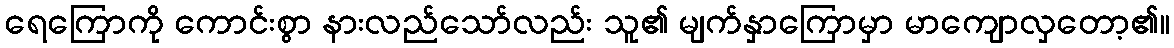
ရေကြောကို ကောင်းစွာ နားလည်သော်လည်း သူ၏ မျက်နှာကြောမှာ မာကျောလှတော့၏။